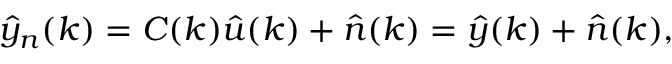
\boldsymbol { \hat { y } _ { n } } ( \boldsymbol { k } ) = \boldsymbol { C } ( \boldsymbol { k } ) \boldsymbol { \hat { u } } ( \boldsymbol { k } ) + \boldsymbol { \hat { n } } ( \boldsymbol { k } ) = \boldsymbol { \hat { y } } ( \boldsymbol { k } ) + \boldsymbol { \hat { n } } ( \boldsymbol { k } ) ,